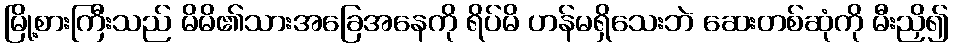
မြို့စားကြီးသည် မိမိ၏သားအခြေအနေကို ရိပ်မိ ဟန်မရှိသေးဘဲ ဆေးတစ်ဆုံကို မီးညှိ၍